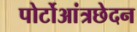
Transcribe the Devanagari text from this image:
पोर्टोआंत्रछेदन